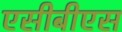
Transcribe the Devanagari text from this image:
एसीबीएस